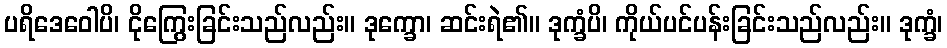
ပရိဒေဝေါပိ၊ ငိုကြွေးခြင်းသည်လည်း။ ဒုက္ခော၊ ဆင်းရဲ၏။ ဒုက္ခံပိ၊ ကိုယ်ပင်ပန်းခြင်းသည်လည်း။ ဒုက္ခံ၊